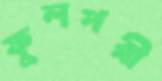
ফুলপরী